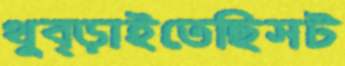
থুব্‌ড়াইতেছিসট